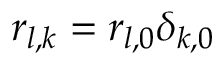
r _ { l , k } = r _ { l , 0 } \delta _ { k , 0 }